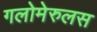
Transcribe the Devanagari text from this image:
गलोमेरुलस